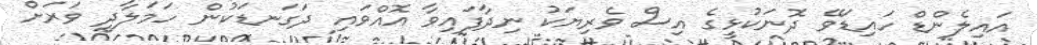
އައިލެންޑް ހައިޑަވޭ ދޮނަކުޅީގެ އިސް ވެރިޔަކު ނިދާފައިވާ އޮއްވައި ދަގަނޑަކުން ހަމަލާދީ ވަރަށް